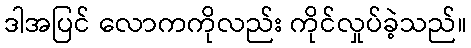
ဒါအပြင် လောကကိုလည်း ကိုင်လှုပ်ခဲ့သည်။